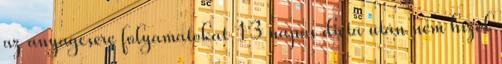
az anyagcsere folyamatokat 13 napos diéta után nem hízol